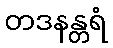
တဒနန္တရံ